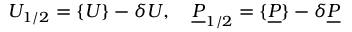
U _ { 1 / 2 } = \{ U \} - \delta U , \quad \underline { { P } } _ { 1 / 2 } = \{ \underline { { P } } \} - \delta \underline { { P } }